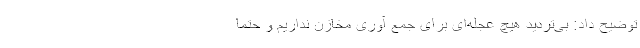
توضیح داد: بی‌تردید هیچ عجله‌ای برای جمع آوری مخازن نداریم و حتما